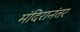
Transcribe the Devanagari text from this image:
मंदिरानंतर